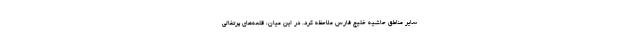
سایر مناطق حاشیه خلیج فارس ملاحظه کرد. در این میان، قلعه‌های پرتغالی